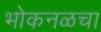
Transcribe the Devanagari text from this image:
भोकनळचा